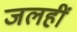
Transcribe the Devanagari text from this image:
जलहीं